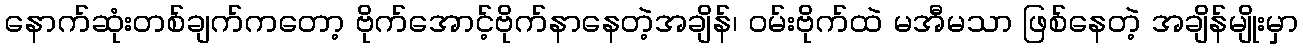
နောက်ဆုံးတစ်ချက်ကတော့ ဗိုက်အောင့်ဗိုက်နာနေတဲ့အချိန်၊ ဝမ်းဗိုက်ထဲ မအီမသာ ဖြစ်နေတဲ့ အချိန်မျိုးမှာ